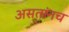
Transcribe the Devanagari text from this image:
असतांनच